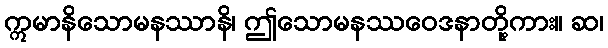
ဣမာနိသောမနဿာနိ၊ ဤသောမနဿဝေဒနာတို့ကား။ ဆ၊